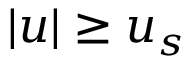
| u | \ge u _ { s }